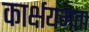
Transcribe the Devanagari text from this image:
कार्क्षयमता